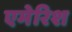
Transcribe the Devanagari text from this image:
एमेरिश